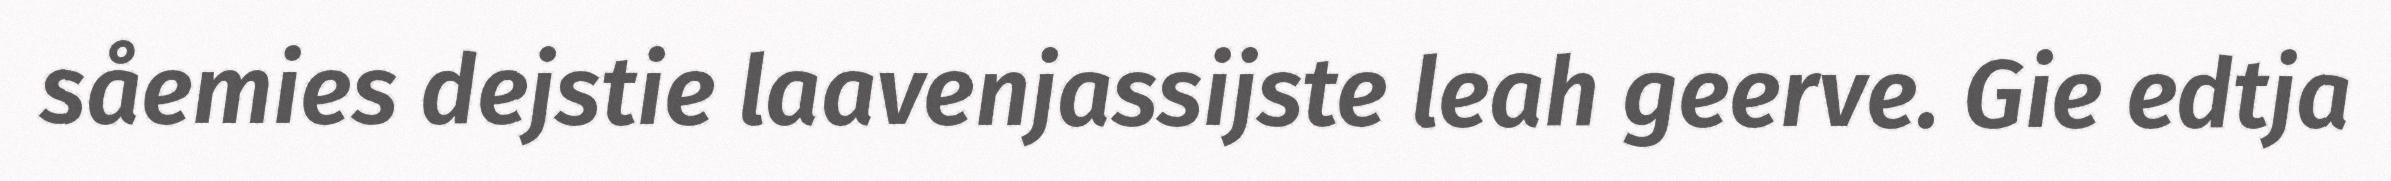
såemies dejstie laavenjassijste leah geerve. Gie edtja